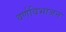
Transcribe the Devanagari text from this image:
वर्णविभाजन